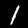
Digit: 1